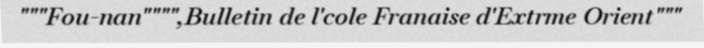
"""Fou-nan"""",Bulletin de l'cole Franaise d'Extrme Orient"""